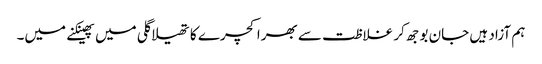
ہم آزاد ہیں جان بوجھ کر غلاظت سے بھرا کچرے کا تھیلا گلی میں پھینکنے میں۔